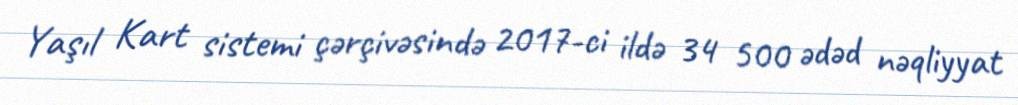
Yaşıl Kart sistemi çərçivəsində 2017-ci ildə 34 500 ədəd nəqliyyat